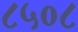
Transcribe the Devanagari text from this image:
८५०८